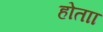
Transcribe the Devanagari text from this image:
होताा